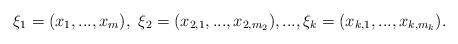
LaTeX: \begin{align*}\xi_1 = (x_1,...,x_m),\ \xi_2 = (x_{2,1},...,x_{2,m_2}), . . . , \xi_k = (x_{k,1},...,x_{k,m_k}).\end{align*}